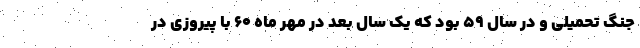
جنگ تحمیلی و در سال ۵۹ بود که یک سال بعد در مهر ماه ۶۰ با پیروزی در